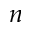
n